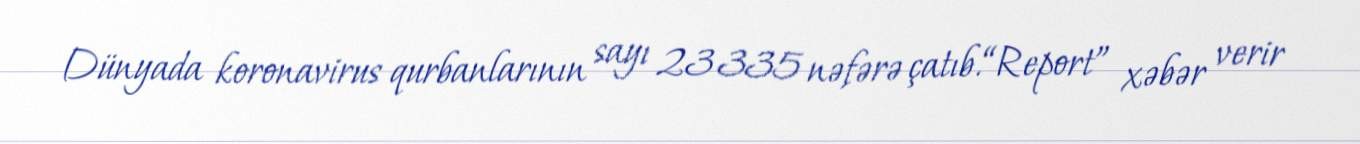
Dünyada koronavirus qurbanlarının sayı 23 335 nəfərə çatıb.“Report” xəbər verir